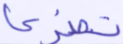
تضرعا